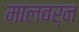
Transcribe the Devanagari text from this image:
मालवर्न